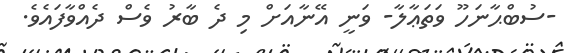
-ސުބްޙާނަހޫ ވަތަޢާލާ- ވަނީ އޭނާއަށް މި ދެ ބާރު ވެސް ދެއްވާފައެވެ.